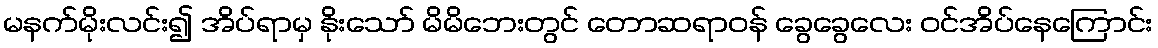
မနက်မိုးလင်း၍ အိပ်ရာမှ နိုးသော် မိမိဘေးတွင် တောဆရာဝန် ခွေခွေလေး ဝင်အိပ်နေကြောင်း